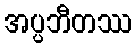
အပ္ပဘီတဿ